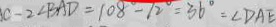
c - 2 \angle B A D = 1 0 8 ^ { \circ } - 1 2 ^ { \circ } = 3 6 ^ { \circ } = \angle D A E